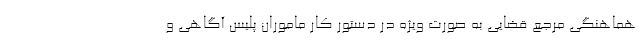
هماهنگی مرجع قضایی به صورت ویژه در دستور کار ماموران پلیس آگاهی و